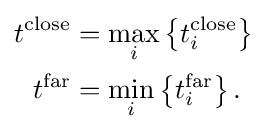
{\begin{aligned}t^{\text{close}}&=\max _{i}\left\{t_{i}^{\text{close}}\right\}\\t^{\text{far}}&=\min _{i}\left\{t_{i}^{\text{far}}\right\}.\end{aligned}}